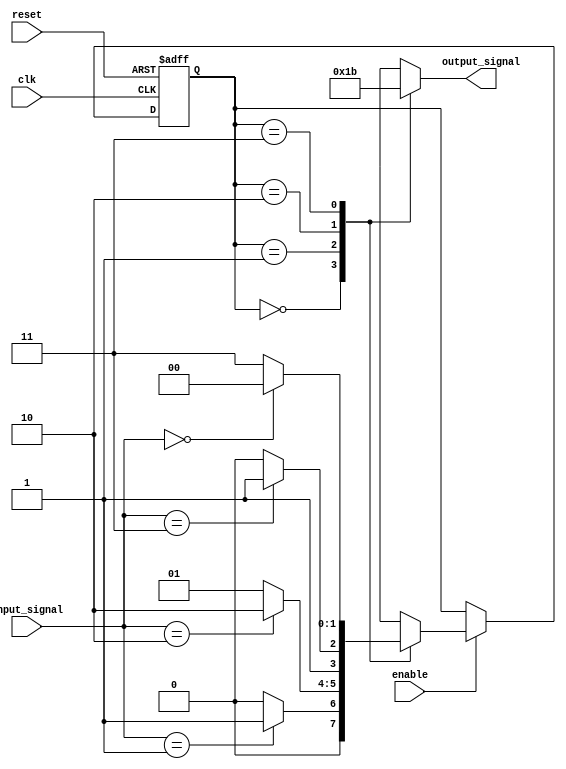
module ParameterizedStateMachine #(
    parameter NUM_STATES = 4,         // Number of states
    parameter INPUT_WIDTH = 2,         // Width of input signals
    parameter OUTPUT_WIDTH = 2          // Width of output signals
)(
    input wire clk,                     // Clock signal
    input wire reset,                   // Reset signal
    input wire enable,                  // Enable signal
    input wire [INPUT_WIDTH-1:0] input_signal, // Input signals
    output reg [OUTPUT_WIDTH-1:0] output_signal // Output signals
);

    // State encoding using localparam (can also use enum)
    localparam STATE_0 = 2'b00;
    localparam STATE_1 = 2'b01;
    localparam STATE_2 = 2'b10;
    localparam STATE_3 = 2'b11;

    // State register
    reg [1:0] current_state, next_state;

    // State transition logic
    always @(*) begin
        if (!enable) begin
            next_state = current_state; // Hold state if not enabled
        end else begin
            case (current_state)
                STATE_0: begin
                    if (input_signal == 2'b01) next_state = STATE_1;
                    else next_state = STATE_0;
                end
                STATE_1: begin
                    if (input_signal == 2'b10) next_state = STATE_2;
                    else next_state = STATE_1;
                end
                STATE_2: begin
                    if (input_signal == 2'b11) next_state = STATE_3;
                    else next_state = STATE_2;
                end
                STATE_3: begin
                    if (input_signal == 2'b00) next_state = STATE_0;
                    else next_state = STATE_3;
                end
                default: next_state = STATE_0; // Default to state 0
            endcase
        end
    end

    // State register update
    always @(posedge clk or posedge reset) begin
        if (reset) begin
            current_state <= STATE_0; // Reset to initial state
        end else begin
            current_state <= next_state; // Update to next state
        end
    end

    // Output logic based on current state
    always @(*) begin
        case (current_state)
            STATE_0: output_signal = 2'b00; // Output for state 0
            STATE_1: output_signal = 2'b01; // Output for state 1
            STATE_2: output_signal = 2'b10; // Output for state 2
            STATE_3: output_signal = 2'b11; // Output for state 3
            default: output_signal = 2'b00; // Default output
        endcase
    end

endmodule